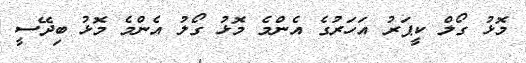
މޮޅު ގޯލް ކީޕަރު އަހަރުގެ އެންމެ މޮޅު ގޯލު އެންމެ މޮޅު ބިދޭސީ